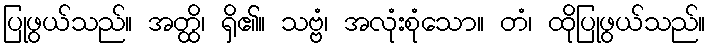
ပြုဖွယ်သည်။ အတ္ထိ၊ ရှိ၏။ သဗ္ဗံ၊ အလုံးစုံသော။ တံ၊ ထိုပြုဖွယ်သည်။